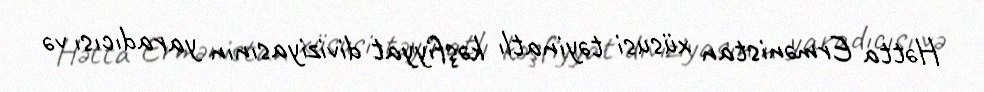
Hətta Ermənistan xüsusi təyinatlı kəşfiyyat diviziyasının yaradıcısı və